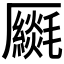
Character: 𠫈